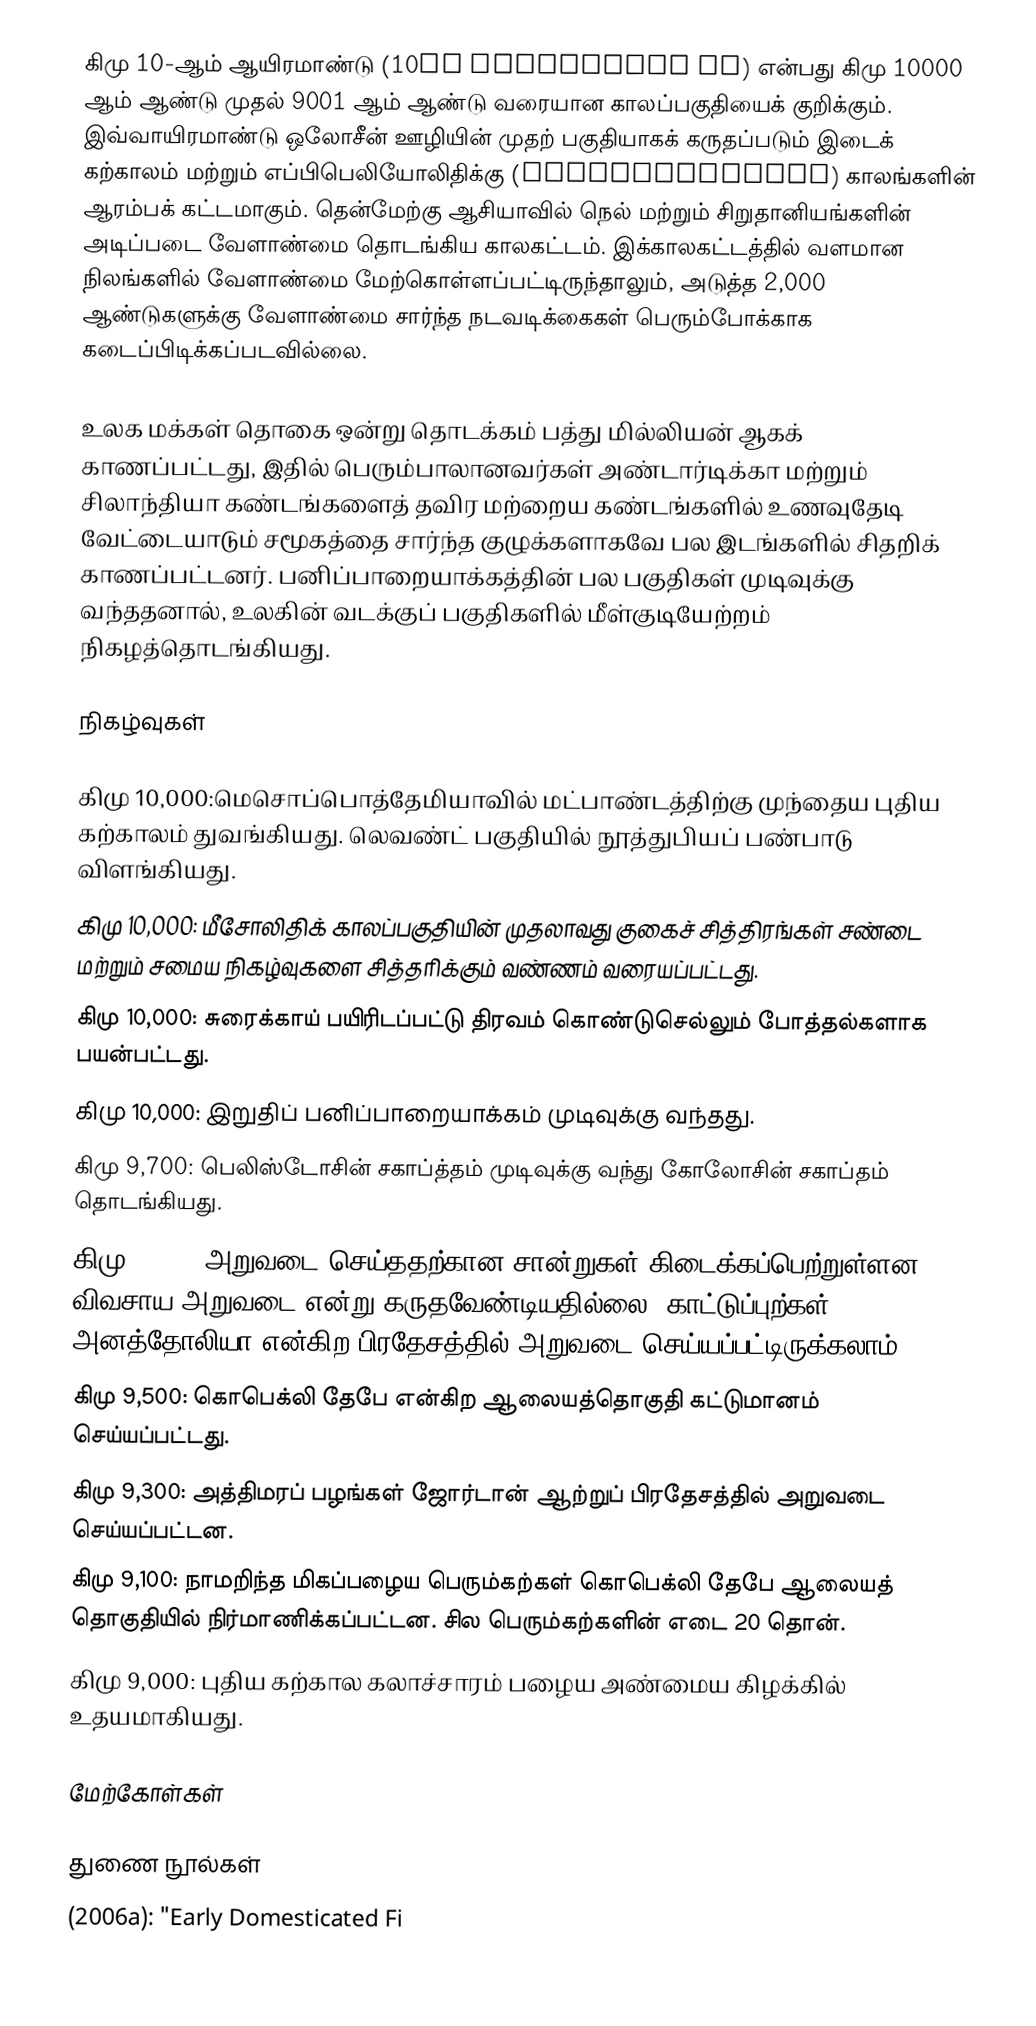
கிமு 10-ஆம் ஆயிரமாண்டு (10th millennium BC) என்பது கிமு 10000 ஆம் ஆண்டு முதல் 9001 ஆம் ஆண்டு வரையான காலப்பகுதியைக் குறிக்கும். இவ்வாயிரமாண்டு ஒலோசீன் ஊழியின் முதற் பகுதியாகக் கருதப்படும் இடைக் கற்காலம் மற்றும் எப்பிபெலியோலிதிக்கு (Epipaleolithic) காலங்களின் ஆரம்பக் கட்டமாகும். தென்மேற்கு ஆசியாவில் நெல் மற்றும் சிறுதானியங்களின் அடிப்படை வேளாண்மை தொடங்கிய காலகட்டம். இக்காலகட்டத்தில் வளமான நிலங்களில் வேளாண்மை மேற்கொள்ளப்பட்டிருந்தாலும், அடுத்த 2,000 ஆண்டுகளுக்கு வேளாண்மை சார்ந்த நடவடிக்கைகள் பெரும்போக்காக கடைப்பிடிக்கப்படவில்லை.

உலக மக்கள் தொகை ஒன்று தொடக்கம் பத்து மில்லியன் ஆகக் காணப்பட்டது, இதில் பெரும்பாலானவர்கள் அண்டார்டிக்கா மற்றும் சிலாந்தியா கண்டங்களைத் தவிர மற்றைய கண்டங்களில் உணவுதேடி வேட்டையாடும் சமூகத்தை சார்ந்த குழுக்களாகவே பல இடங்களில் சிதறிக் காணப்பட்டனர். பனிப்பாறையாக்கத்தின் பல பகுதிகள் முடிவுக்கு வந்ததனால், உலகின் வடக்குப் பகுதிகளில் மீள்குடியேற்றம் நிகழத்தொடங்கியது.

நிகழ்வுகள்

 கிமு 10,000:மெசொப்பொத்தேமியாவில் மட்பாண்டத்திற்கு முந்தைய புதிய கற்காலம் துவங்கியது. லெவண்ட் பகுதியில் நூத்துபியப் பண்பாடு விளங்கியது.
 கிமு 10,000: மீசோலிதிக் காலப்பகுதியின் முதலாவது குகைச் சித்திரங்கள் சண்டை மற்றும் சமைய நிகழ்வுகளை சித்தரிக்கும் வண்ணம் வரையப்பட்டது.
 கிமு 10,000: சுரைக்காய் பயிரிடப்பட்டு திரவம் கொண்டுசெல்லும் போத்தல்களாக பயன்பட்டது.
 கிமு 10,000: இறுதிப் பனிப்பாறையாக்கம் முடிவுக்கு வந்தது.
 கிமு 9,700: பெலிஸ்டோசின் சகாப்த்தம் முடிவுக்கு வந்து கோலோசின் சகாப்தம் தொடங்கியது.
 கிமு 9,700: அறுவடை செய்ததற்கான சான்றுகள் கிடைக்கப்பெற்றுள்ளன. விவசாய அறுவடை என்று கருதவேண்டியதில்லை. காட்டுப்புற்கள் அனத்தோலியா என்கிற பிரதேசத்தில் அறுவடை செய்யப்பட்டிருக்கலாம்.
 கிமு 9,500: கொபெக்லி தேபே என்கிற ஆலையத்தொகுதி கட்டுமானம் செய்யப்பட்டது.
 கிமு 9,300: அத்திமரப் பழங்கள் ஜோர்டான் ஆற்றுப் பிரதேசத்தில் அறுவடை செய்யப்பட்டன.
 கிமு 9,100: நாமறிந்த மிகப்பழைய பெரும்கற்கள் கொபெக்லி தேபே ஆலையத் தொகுதியில் நிர்மாணிக்கப்பட்டன. சில பெரும்கற்களின் எடை 20 தொன்.
 கிமு 9,000: புதிய கற்கால கலாச்சாரம் பழைய அண்மைய கிழக்கில் உதயமாகியது.

மேற்கோள்கள்

துணை நூல்கள்
  (2006a): "Early Domesticated Fi